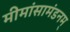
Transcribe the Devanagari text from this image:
मीमांसामंडनम्